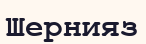
Шернияз